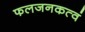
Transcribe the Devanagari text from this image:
फलजनकत्वं